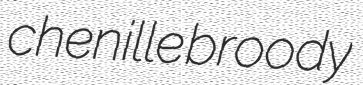
chenille broody